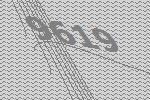
9619